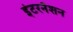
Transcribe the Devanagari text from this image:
इंटरनॅशन